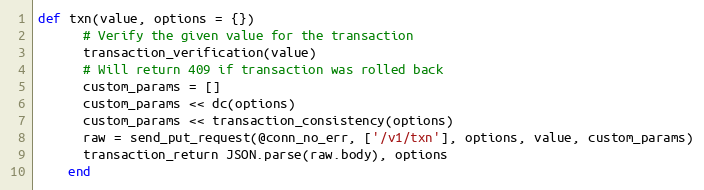
Language: Ruby
def txn(value, options = {})
      # Verify the given value for the transaction
      transaction_verification(value)
      # Will return 409 if transaction was rolled back
      custom_params = []
      custom_params << dc(options)
      custom_params << transaction_consistency(options)
      raw = send_put_request(@conn_no_err, ['/v1/txn'], options, value, custom_params)
      transaction_return JSON.parse(raw.body), options
    end